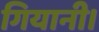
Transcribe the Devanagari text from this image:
गियानी।